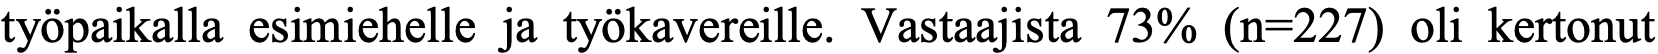
työpaikalla esimiehelle ja työkavereille. Vastaajista 73% (n=227) oli kertonut